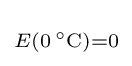
\scriptstyle E(0\,{}^{\circ }{\rm {C}})=0